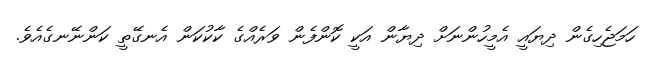
ހަމަޖެހިގެން ދިޔައީ އެމީހުންނަށް ދިޔާން އަކީ ކޮންފެން ވަރެއްގެ ކާކުކަން އެނގޭތީ ކަންނޭނގެއެވެ.